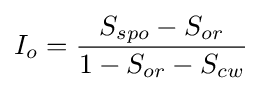
I_{o}={\frac {S_{spo}-S_{or}}{1-S_{or}-S_{cw}}}